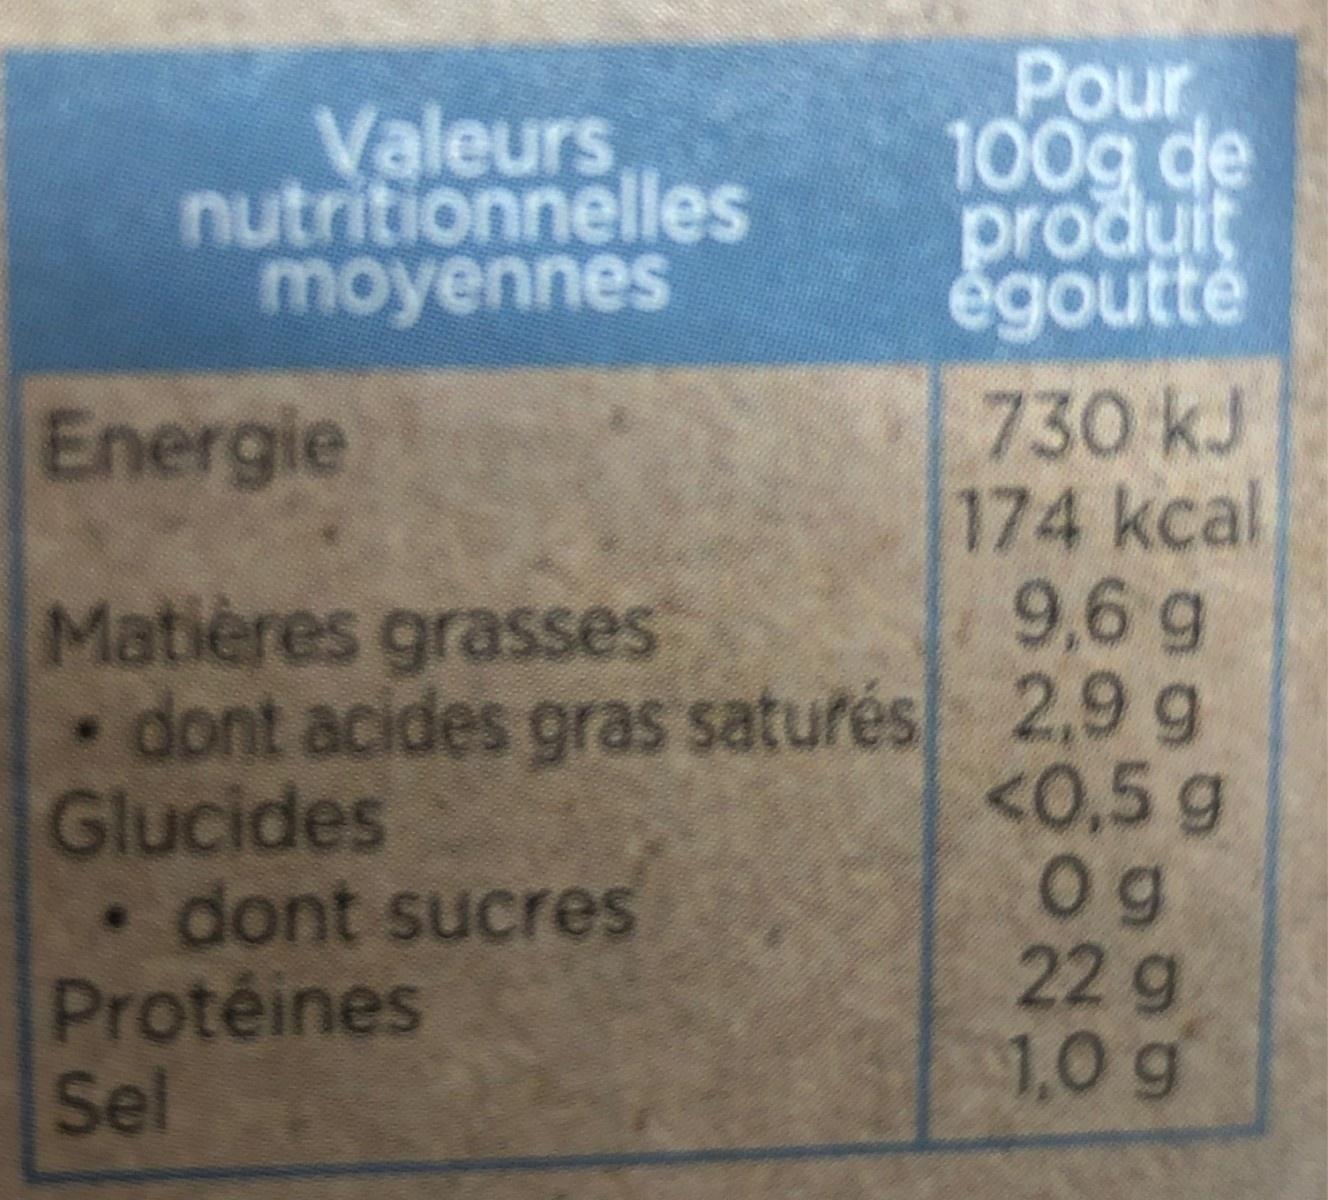
Valeurs nutritionnelles moyennes
Pour 100g de produit égoutté
730 kJ 174 kcal 9,6 g
Energie
Matières grasses dont acides gras saturés 2,9 g Glucides dont sucres Proteines Sel
<0,5 g 0g 22g 1,0 g